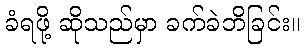
ခံရဖို့ ဆိုသည်မှာ ခက်ခဲဘိခြင်း။